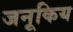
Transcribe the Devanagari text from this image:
जनूकिय